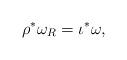
LaTeX: \begin{align*}\rho ^{\ast }\omega _{R}=\iota ^{\ast }\omega , \end{align*}